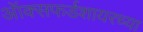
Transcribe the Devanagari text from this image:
ऑक्सफर्डशायरच्या